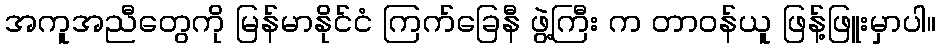
အကူအညီတွေကို မြန်မာနိုင်ငံ ကြက်ခြေနီ ဖွဲ့ကြီး က တာဝန်ယူ ဖြန့်ဖြူးမှာပါ။